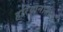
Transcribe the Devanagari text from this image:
हरियानातील